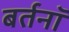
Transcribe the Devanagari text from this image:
बर्तनॉ